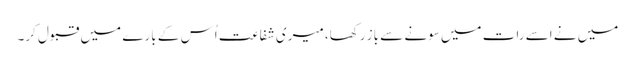
میں نے اسے رات میں سونے سے باز رکھا، میری شفاعت اُس کے بارے میں قبول کر۔